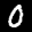
Label: 0